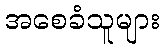
အစေခံသူများ